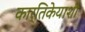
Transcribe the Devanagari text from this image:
कार्तिकेयाशी